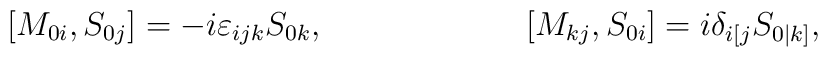
[M_{0i},S_{0j}]=-i\varepsilon_{ijk}S_{0k},\hspace{1in}[M_{kj},S_{0i}]=i\delta_{i[j}S_{0|k]},